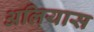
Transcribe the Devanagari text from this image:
अलियास